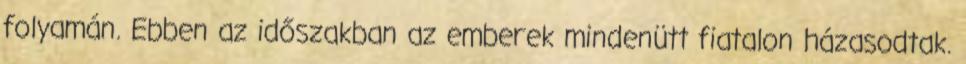
folyamán. Ebben az időszakban az emberek mindenütt fiatalon házasodtak.